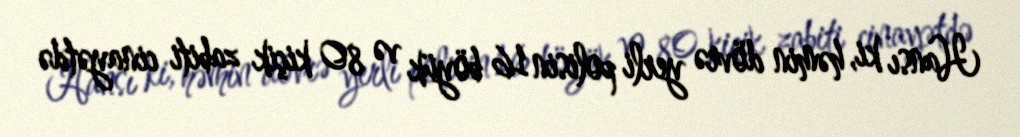
Hansı ki, həmin dövrə yerli polisin 16 böyük və 80 kiçik zabiti cinayətdə